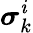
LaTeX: {\boldsymbol{\sigma}}_{k}^{\mathit{i}}